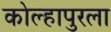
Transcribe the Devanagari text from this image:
कोल्हापुरला